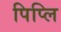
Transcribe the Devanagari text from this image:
पिप्लि